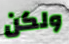
ولكن